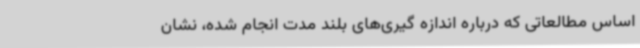
اساس مطالعاتی که درباره اندازه گیری‌های بلند مدت انجام شده، نشان